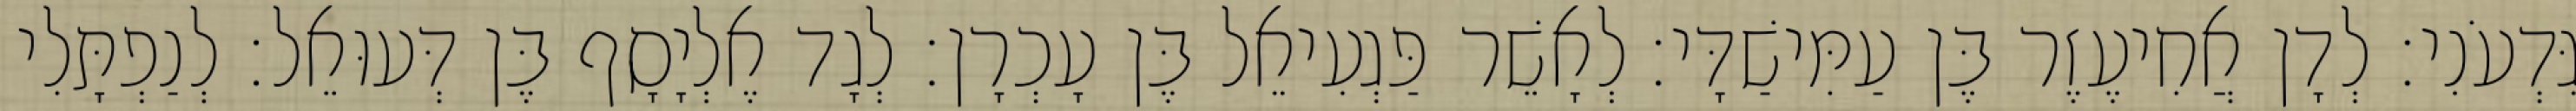
גִּדְעֹנִי׃ לְדָן אֲחִיעֶזֶר בֶּן עַמִּישַׁדָּי׃ לְאָשֵׁר פַּגְעִיאֵל בֶּן עָכְרָן׃ לְגָד אֶלְיָסָף בֶּן דְּעוּאֵל׃ לְנַפְתָּלִי